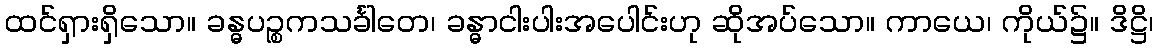
ထင်ရှားရှိသော။ ခန္ဓပဉ္စကသင်္ခါတေ၊ ခန္ဓာငါးပါးအပေါင်းဟု ဆိုအပ်သော။ ကာယေ၊ ကိုယ်၌။ ဒိဋ္ဌိ၊